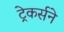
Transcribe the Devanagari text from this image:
ट्रेकर्सने